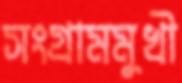
সংগ্রামমুখী